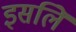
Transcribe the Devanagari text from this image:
इसलिे